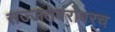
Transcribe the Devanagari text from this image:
सज्जतेबरोबरच